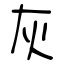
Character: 灰